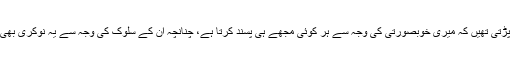
وہ اس لیے مجھ پر برس پڑتی تھیں کہ میری خوبصورتی کی وجہ سے ہر کوئی مجھے ہی پسند کرتا ہے، چنانچہ ان کے سلوک کی وجہ سے یہ نوکری بھی مجھے چھوڑنی پڑ گئی۔